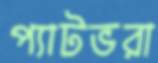
প্যাটভরা